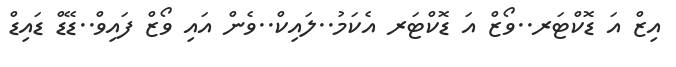
އިޒް އަ ޑޮކްޓަރ..ވޯޒް އަ ޑޮކްޓަރ އެކަމު..ލައިކް..ވެން އައި ވޯޒް ފައިވް..ޑޭޑް ޑައިޑް